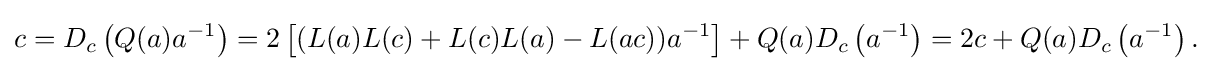
\displaystyle {c=D_{c}\left(Q(a)a^{-1}\right)=2\left[(L(a)L(c)+L(c)L(a)-L(ac))a^{-1}\right]+Q(a)D_{c}\left(a^{-1}\right)=2c+Q(a)D_{c}\left(a^{-1}\right).}